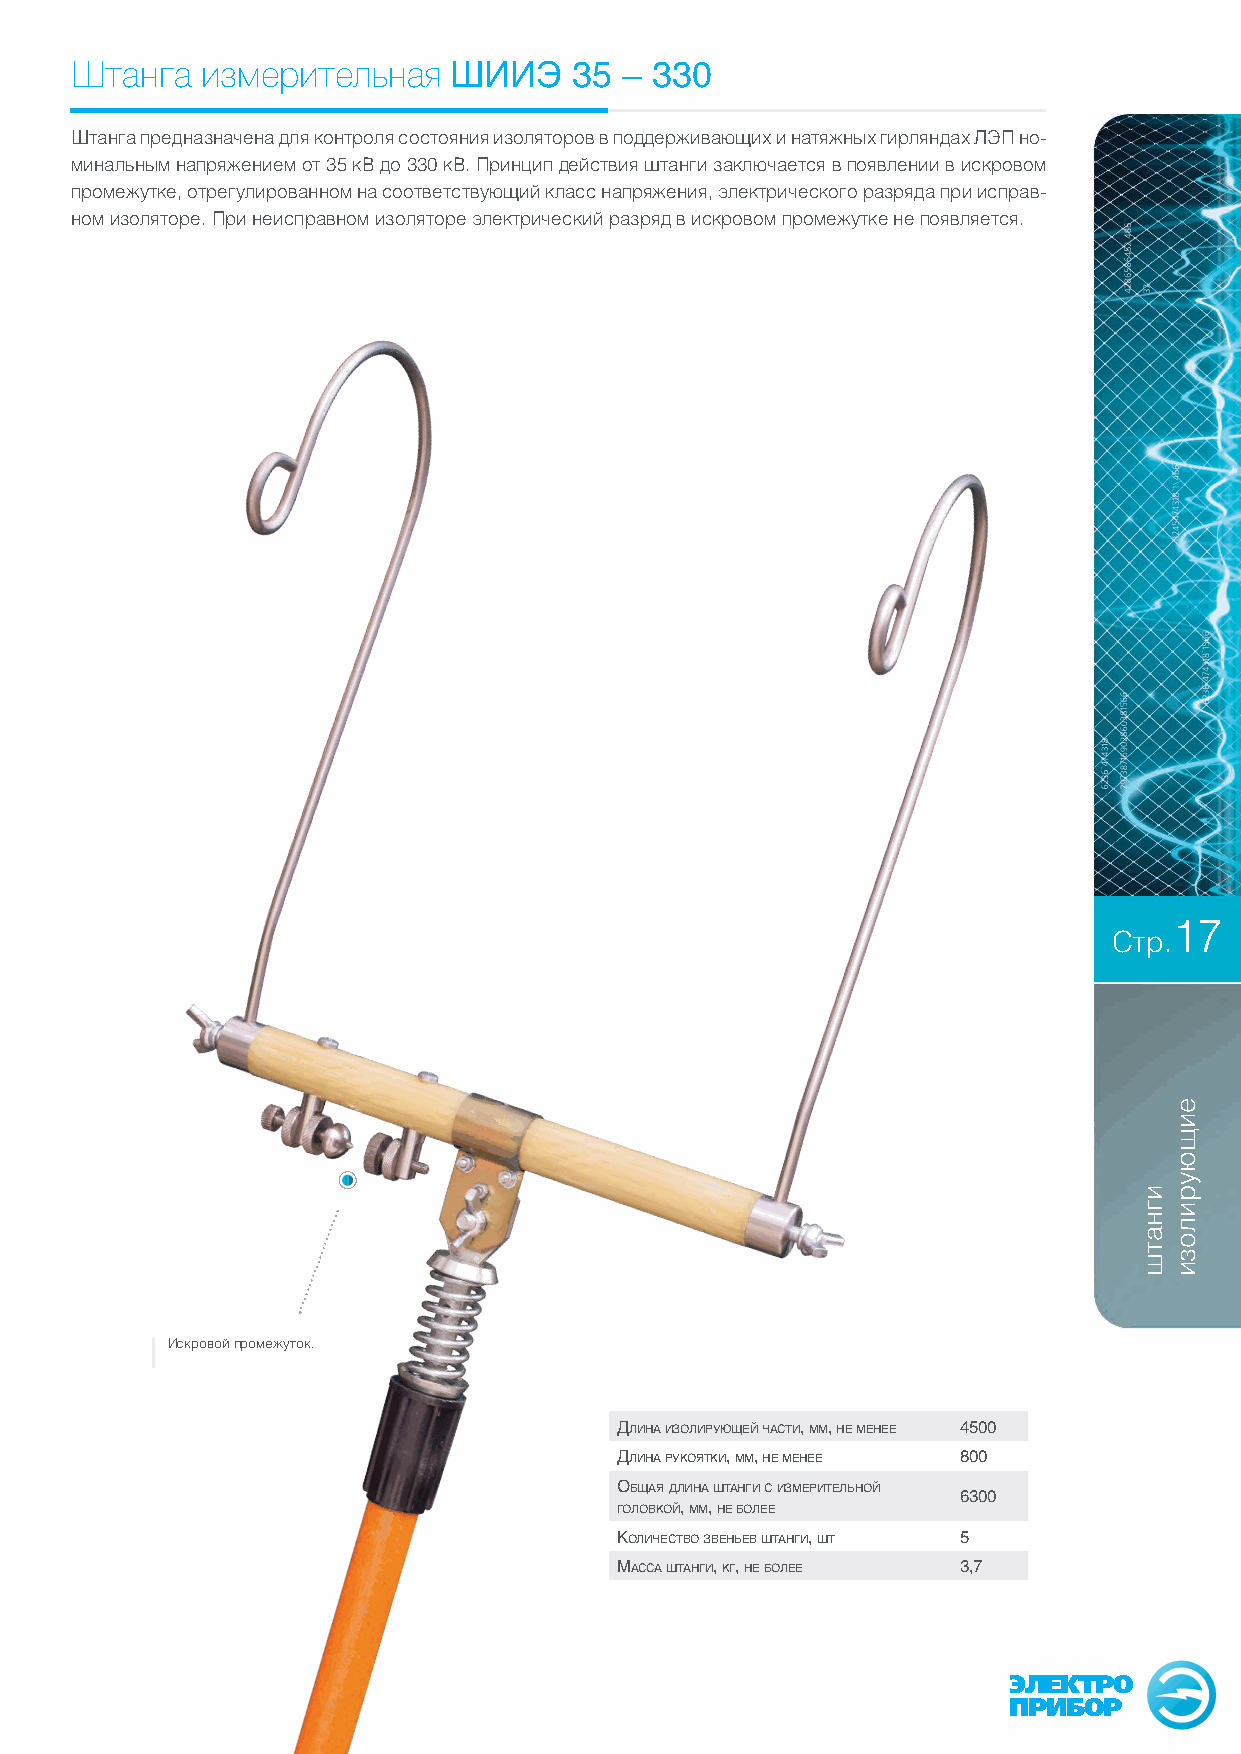
Штанга  измерительная    ШИИЭ    35 – 330
 Штанга предназначена для контроля состояния изоляторов в поддерживающих и натяжных гирляндах ЛЭП но-
 минальным напряжением от 35 кВ до 330 кВ. Принцип действия штанги заключается в появлении в искровом
 промежутке, отрегулированном на соответствующий класс напряжения, электрического разряда при исправ-
 ном изоляторе. При неисправном изоляторе электрический разряд в искровом промежутке не появляется.
 17
 Стр.
 Искровой промежуток.
 Длина изолирующей часТи, мм, не менее 4500
 Длина рукояТки, мм, не менее 800
 общая Длина шТанги с измериТельной
 6300
 голоВкой, мм, не более
 количесТВо зВеньеВ шТанги, шТ 5
 масса шТанги, кг, не более 3,7
 ЭЛЕКТРО
 ПРИБОР
 игнатш
 еищюурилози